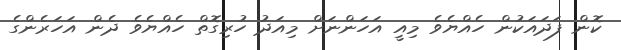
ކޮން ފަދައަކުން ހެއްޔެވެ މިއީ އަހަންނަށް މިއަދު ހުރިގޮތް ހެއްޔެވެ ދެން އަހަރެންގެ